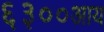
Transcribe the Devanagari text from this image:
६३००आय